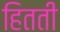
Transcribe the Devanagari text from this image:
हितती